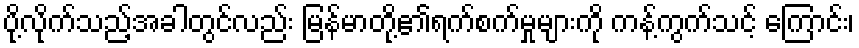
ပို့လိုက်သည့်အခါတွင်လည်း မြန်မာတို့၏ရက်စက်မှုများကို ကန့်ကွက်သင့် ကြောင်း၊